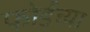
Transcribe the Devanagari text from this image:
फोर्डच्या